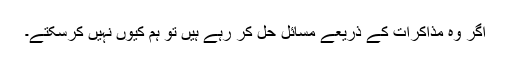
اگر وہ مذاکرات کے ذریعے مسائل حل کر رہے ہیں تو ہم کیوں نہیں کرسکتے۔